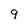
Character: 9